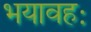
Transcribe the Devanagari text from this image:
भयावहः